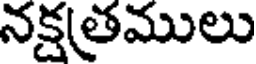
నక్షత్రములు